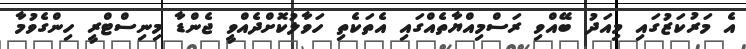
އެ މަރުކަޒުގައި މިއަދު ބޭއްވި ރަސްމިއްޔާތެއްގައި އެތަކެތި ހަވާލުކޮށްދެއްވީ ޖެންޑާ މިނިސްޓްރީ ހިންގެވުމާ